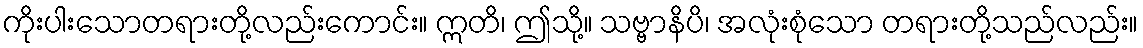
ကိုးပါးသောတရားတို့လည်းကောင်း။ ဣတိ၊ ဤသို့။ သဗ္ဗာနိပိ၊ အလုံးစုံသော တရားတို့သည်လည်း။